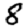
Digit: 8